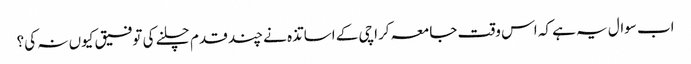
اب سوال یہ ہے کہ اس وقت جامعہ کراچی کے اساتذہ نے چند قدم چلنے کی توفیق کیوں نہ کی؟